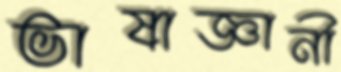
ভাষাজ্ঞানী